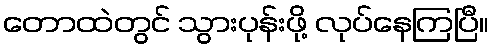
တောထဲတွင် သွားပုန်းဖို့ လုပ်နေကြပြီ။